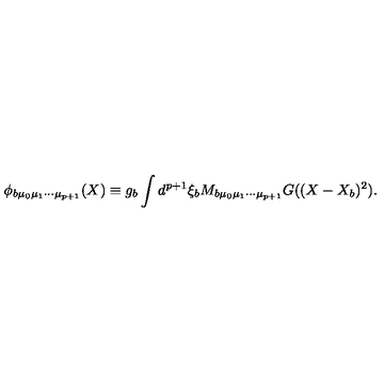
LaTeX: \phi _ { b \mu _ { 0 } \mu _ { 1 } \cdots \mu _ { p + 1 } } ( X ) \equiv g _ { b } \int d ^ { p + 1 } \xi _ { b } M _ { b \mu _ { 0 } \mu _ { 1 } \cdots \mu _ { p + 1 } } G ( ( X - X _ { b } ) ^ { 2 } ) .